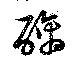
醨